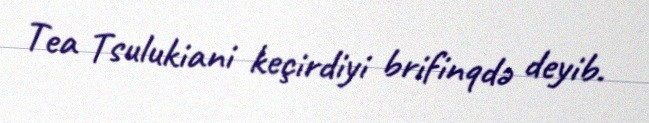
Tea Tsulukiani keçirdiyi brifinqdə deyib.